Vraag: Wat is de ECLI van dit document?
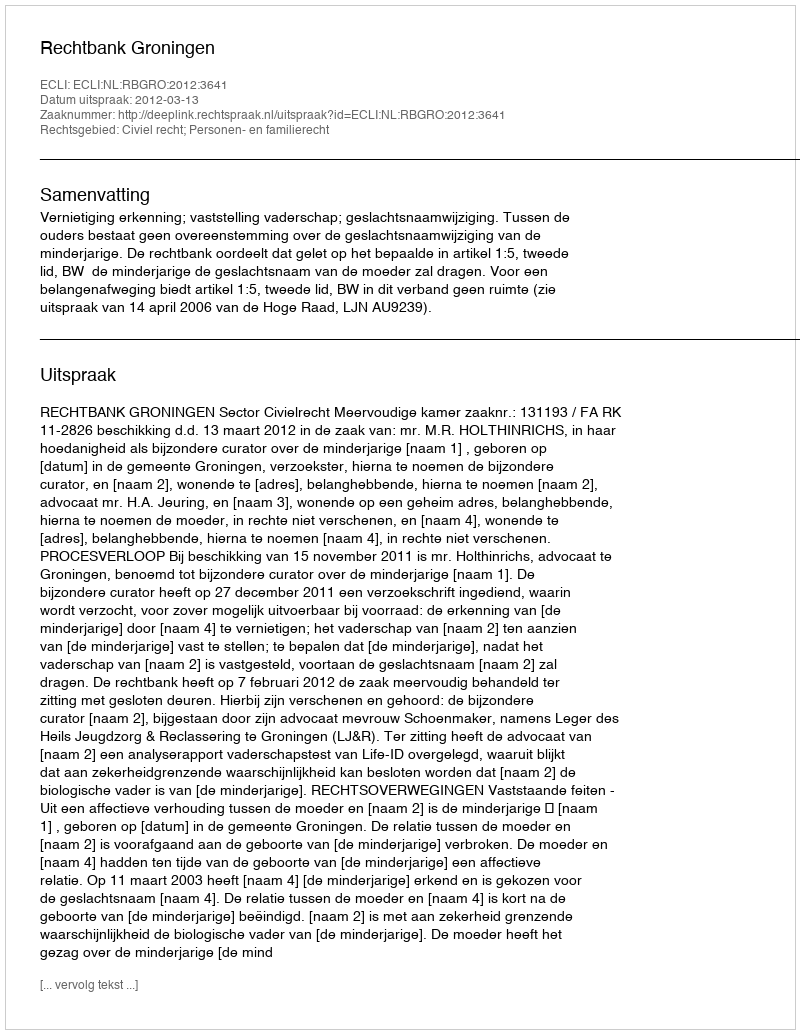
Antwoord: ECLI:NL:RBGRO:2012:3641